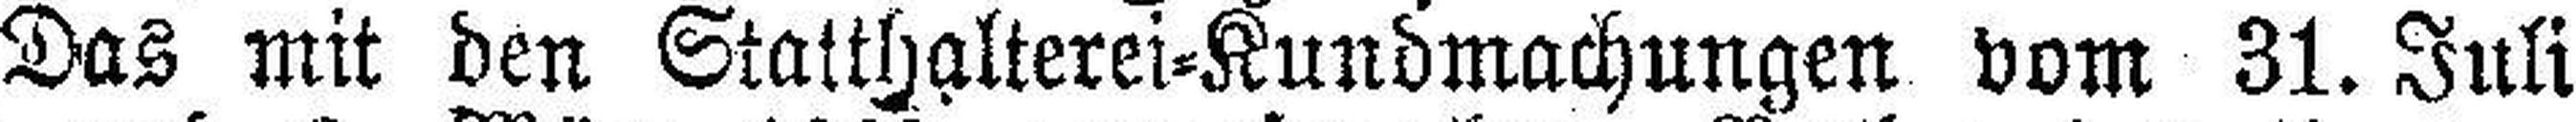
Das mit den Statthalterei=Kundmachungen vom 31. Juli